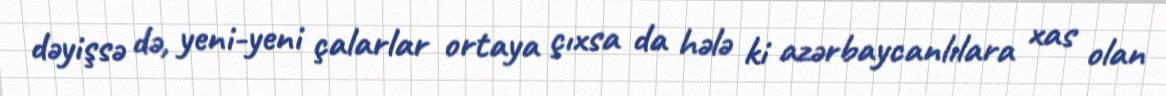
dəyişsə də, yeni-yeni çalarlar ortaya çıxsa da hələ ki azərbaycanlılara xas olan